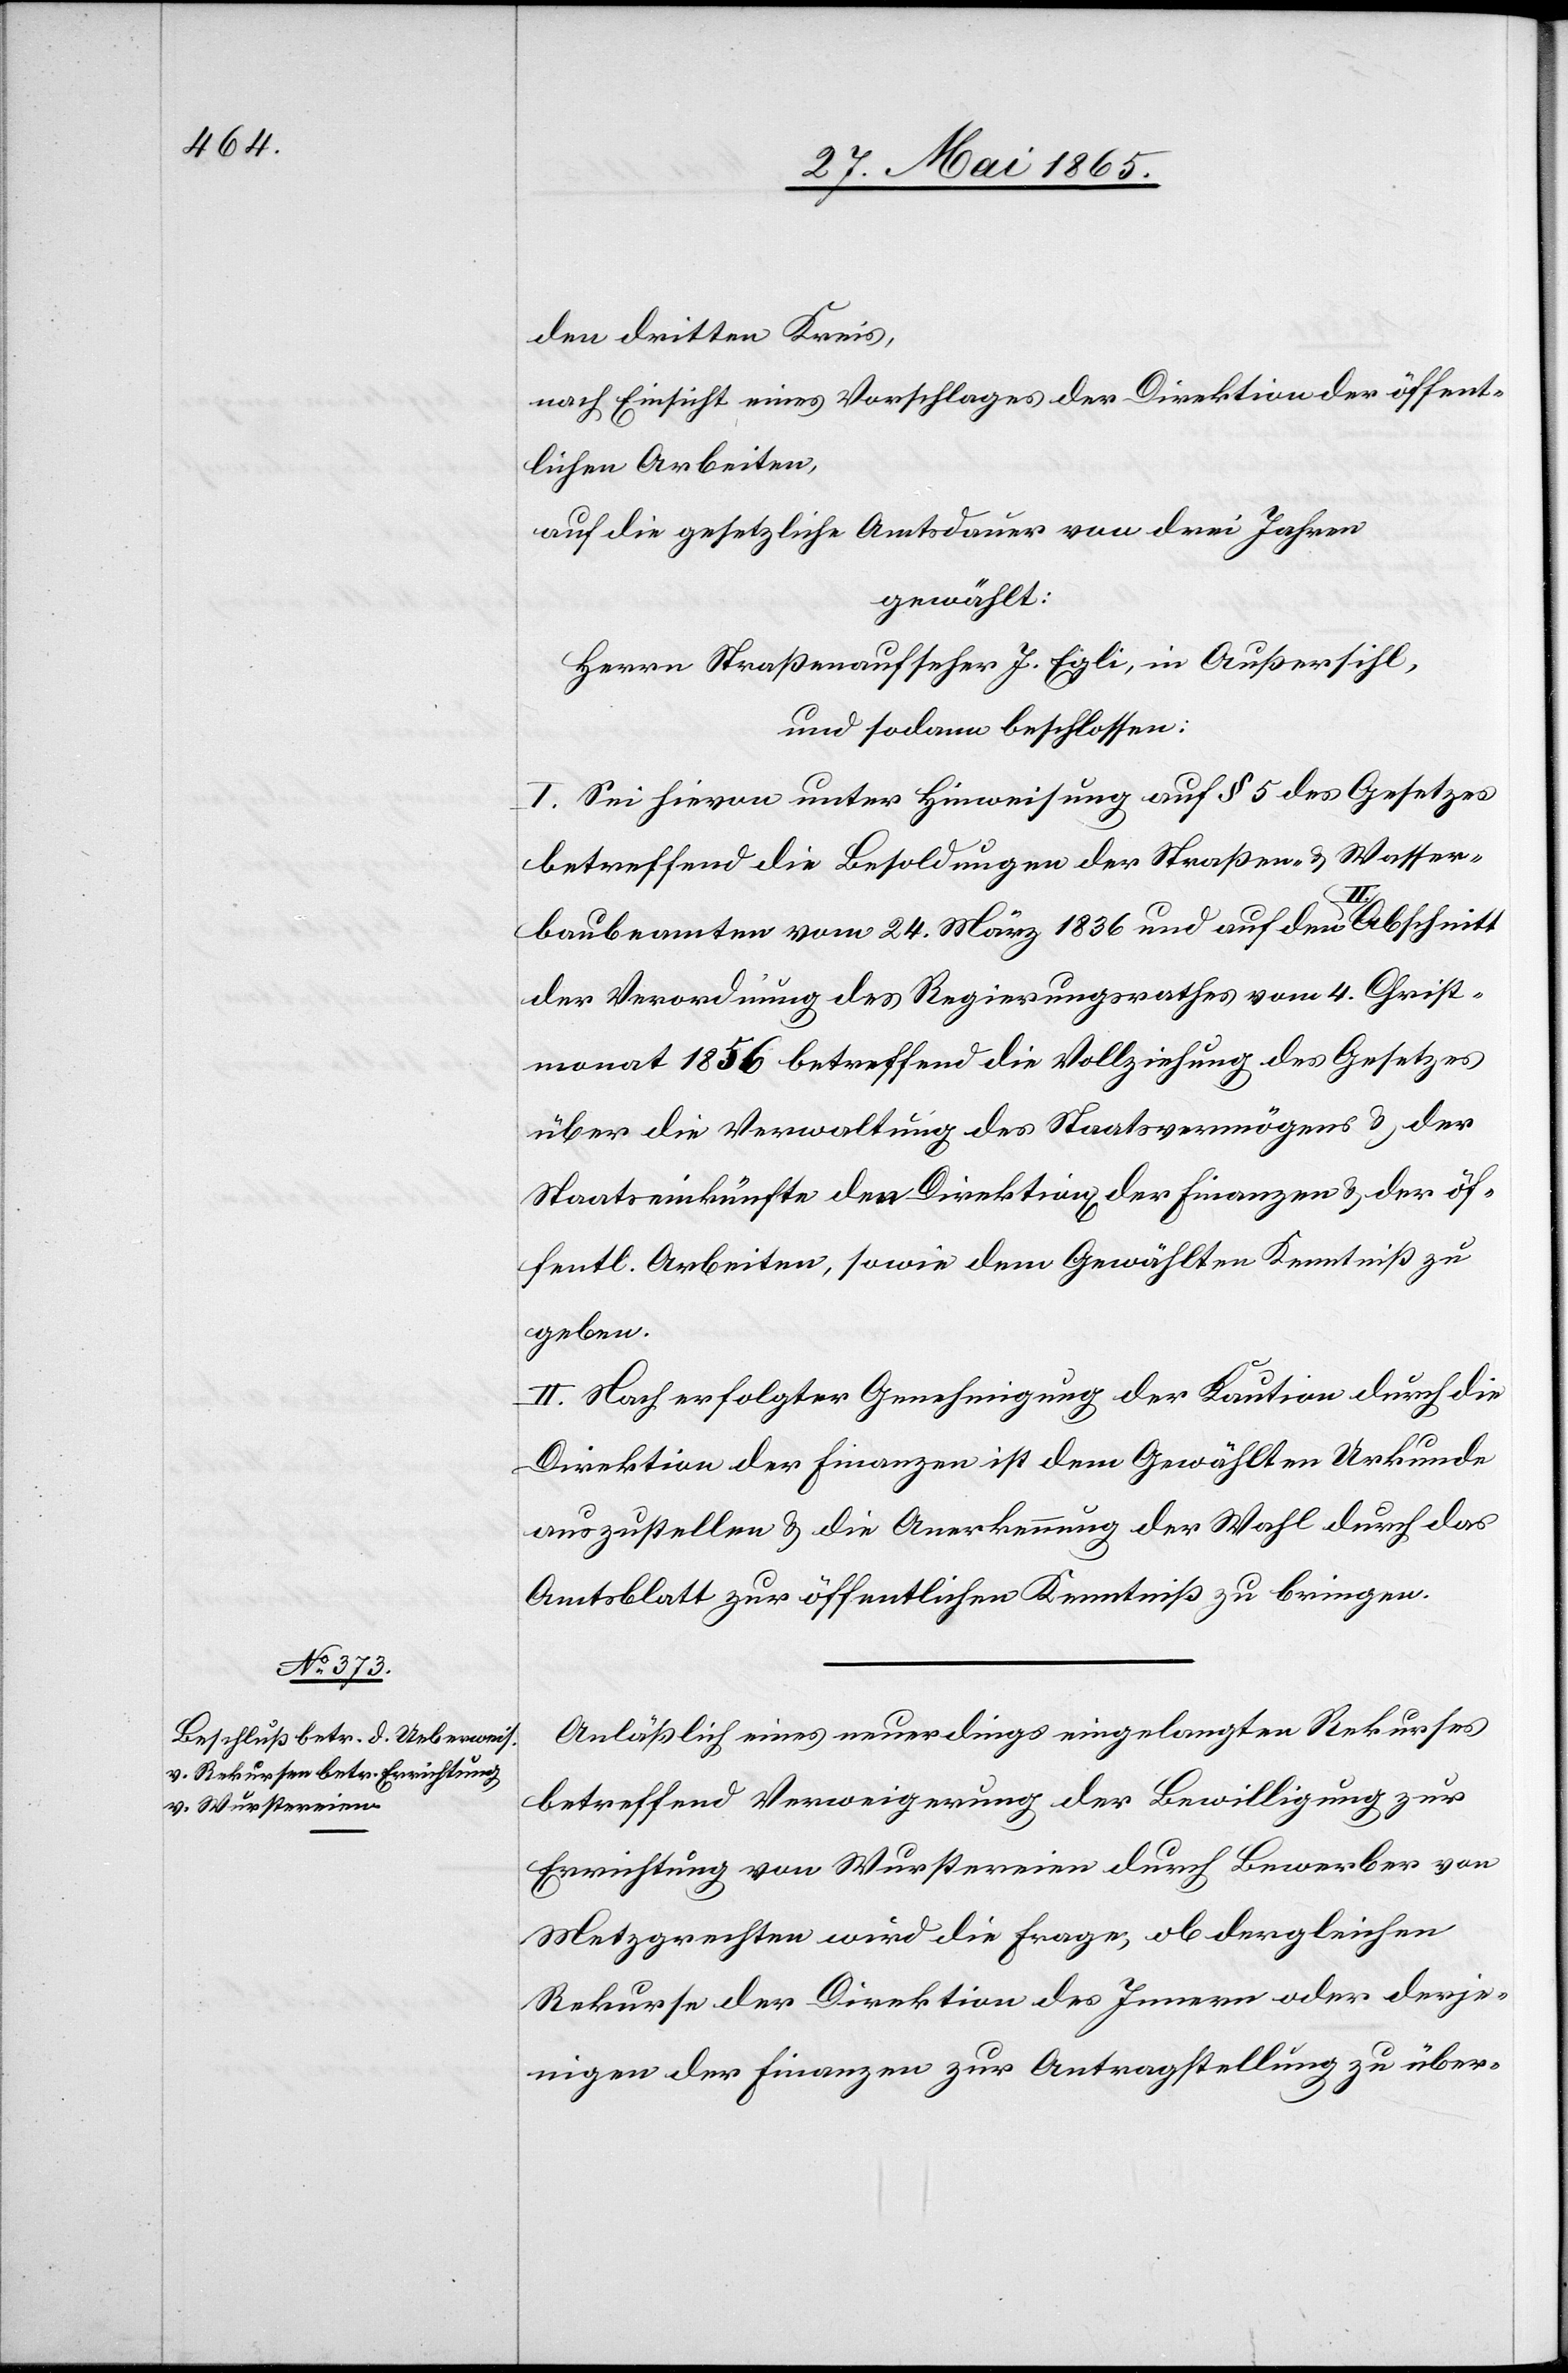
den dritten Kreis,
nach Einsicht eines Vorschlages der Direktion der öffent¬
lichen Arbeiten,
auf die gesetzliche Amtsdauer von drei Jahren
gewählt:
Herrn Straßenaufseher J. Egli, in Außersihl,
und sodann beschlossen:
I. Sei hievon unter Hinweisung auf § 5 des Gesetzes
betreffend die Besoldungen der Straßen- & Wasser¬
Abschnitt
baubeamten vom 24. März 1836 und auf den
der Verordnung des Regierungsrathes vom 4. Christ¬
monat 1756 betreffend die Vollziehung des Gesetzes
über die Verwaltung des Staatvermögens & der
Staatseinkünfte den Direktion[en] der Finanzen & der öf¬
fentl. Arbeiten, sowie dem Gewählten Kenntniß zu
geben.
II. Nach erfolgter Genehmigung der Kaution durch die
Direktion der Finanzen ist dem Gewählten Urkunde
auszustellen & die Anerkennung der Wahl durch das
Amtsblatt zur öffentlichen Kenntniß zu bringen.
Anläßlich eines neuerdings eingelangten Rekurses
betreffend Verweigerung der Bewilligung zur
Errichtung von Wurstereien durch Bewerber von
Metzgrechten wird die Frage, ob dergleichen
Rekurse der Direktion des Innern oder derje¬
nigen der Finanzen zur Antragstellung zu über-